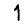
Digit: 1